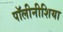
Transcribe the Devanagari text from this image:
पॉलीनीशिया